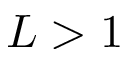
L > 1